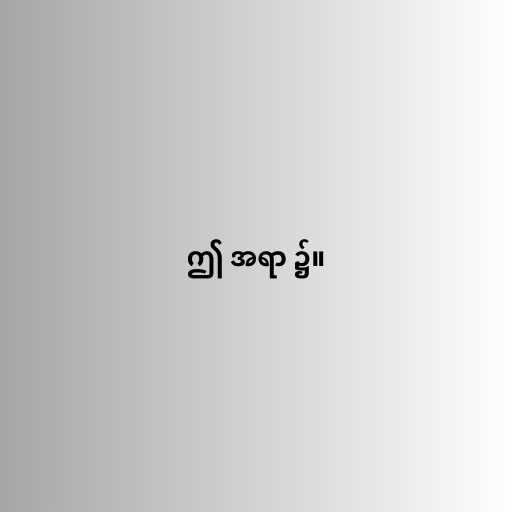
ဤ အရာ ၌။